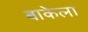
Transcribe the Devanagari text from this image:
बाकेला